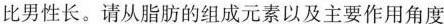
比男性长。请从脂肪的组成元素以及主要作用角度